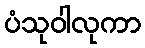
ပံသုဝါလုကာ